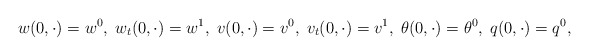
\begin{align*}w(0, \cdot) = w^{0}, \; w_{t}(0, \cdot) = w^{1}, \;v(0, \cdot) = v^{0}, \; v_{t}(0, \cdot) = v^{1}, \;\theta(0, \cdot) = \theta^{0}, \; q(0, \cdot) = q^{0},\end{align*}